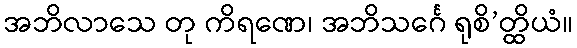
အဘိလာသေ တု ကိရဏေ၊ အဘိသင်္ဂေ ရုစိ’တ္ထိယံ။